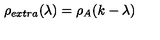
\rho _ { e x t r a } ( \lambda ) = \rho _ { A } ( k - \lambda )